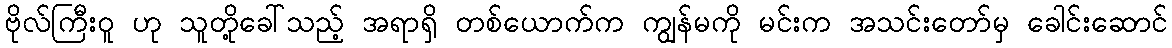
ဗိုလ်ကြီးဝူ ဟု သူတို့ခေါ်သည့် အရာရှိ တစ်ယောက်က ကျွန်မကို မင်းက အသင်းတော်မှ ခေါင်းဆောင်